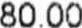
80.00